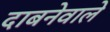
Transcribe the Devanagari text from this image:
दाबनेवाले